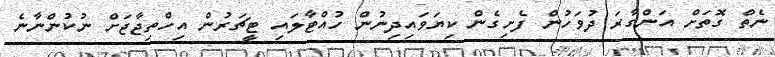
ނެތް ގޮތަށް އަންގާރަ ދުވަހުން ފެށިގެން ކިޔަވައިދިނުން ހުއްޓާލައި ޓީޗަރުން އިހްތިޖާޖަށް ނުކުންނާނެ